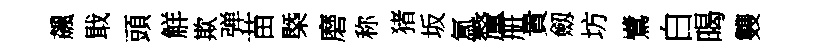
飆戢頭觧欺弹苗槩磨称猪坂氲釐册貴劔坊鷺白暍䨇